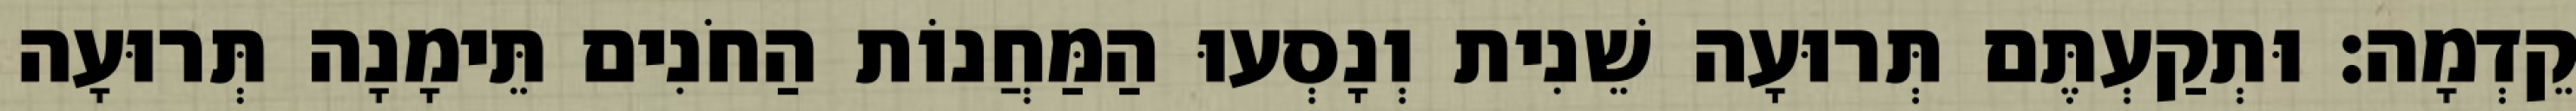
קֵדְמָה׃ וּתְקַעְתֶּם תְּרוּעָה שֵׁנִית וְנָסְעוּ הַמַּחֲנוֹת הַחֹנִים תֵּימָנָה תְּרוּעָה